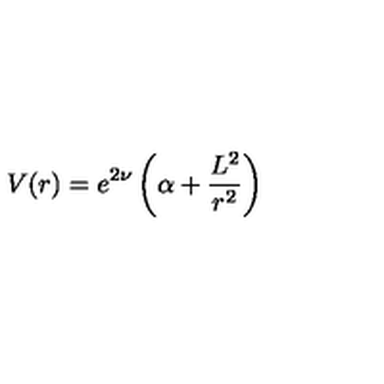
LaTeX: V ( r ) = e ^ { 2 \nu } \left( \alpha + \frac { L ^ { 2 } } { r ^ { 2 } } \right)